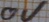
Text: 0V